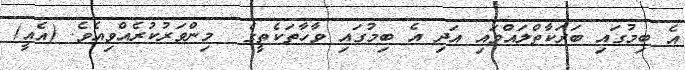
އެ ބިމުގައި ބަރަކާތްލައްވައި އަދި އެ ބިމުގައި ވާހާތަކެތީގެ  މިންވަރުކުރެއްވިއެވެ. (އެއީ)